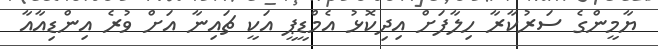
ޔާމީންގެ ސަރުކާރާ ހިލާފަށް އިދިކޮޅު އެމްޑީޕީ އަކީ ޗައިނާ އަށް ވުރެ އިންޑިއާއާ